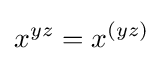
x^{yz}=x^{(yz)}